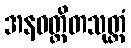
အနဝတ္ထိတသုတ္တံ